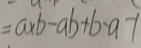
= a \times b - a b + b - a - 1